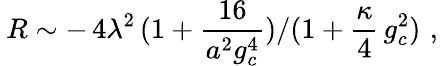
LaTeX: \: R\sim-\, 4\lambda^{2}\, (1+\frac{16}{a^{2}g_{c}^{4}})/(1+\frac{\kappa}{4}\, g_{c}^{2})\, \, ,\: